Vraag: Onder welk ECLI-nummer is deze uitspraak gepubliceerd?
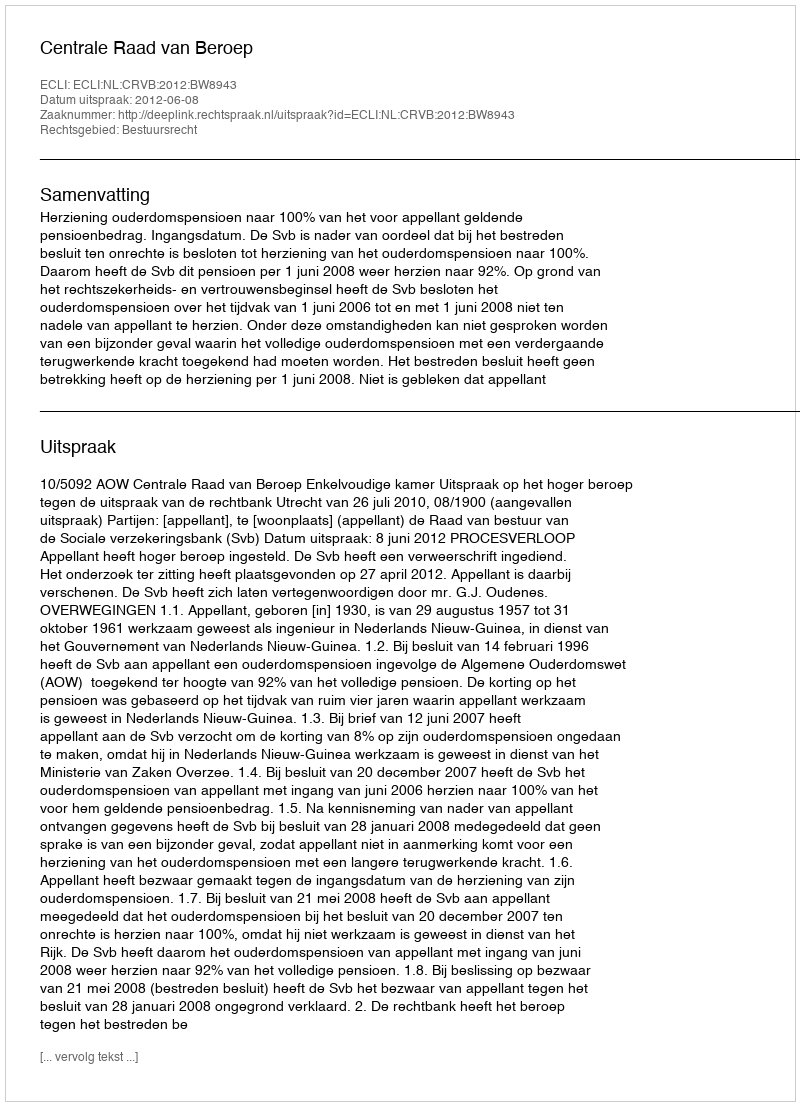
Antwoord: ECLI:NL:CRVB:2012:BW8943